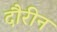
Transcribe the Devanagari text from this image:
दौरीन